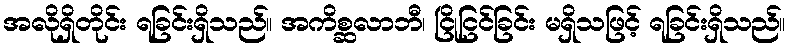
အလိုရှိတိုင်း ရခြင်းရှိသည်။ အကိစ္ဆလာဘီ၊ ငြိုငြင်ခြင်း မရှိသဖြင့် ရခြင်းရှိသည်။